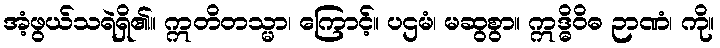
အံ့ဖွယ်သရဲရှိ၏။ ဣတိတသ္မာ၊ ကြောင့်။ ပဌမံ၊ မဆွစွာ။ ဣဒ္ဓိဝိဓ ဉာဏံ၊ ကို။